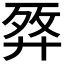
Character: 𢍗